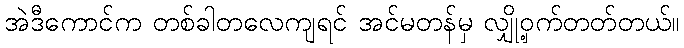
အဲဒီကောင်က တစ်ခါတလေကျရင် အင်မတန်မှ လျှို့ဝှက်တတ်တယ်။